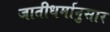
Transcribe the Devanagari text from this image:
जातीधर्मानुसार